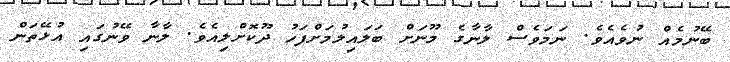
ބޭނުމެއް ނުވެއެވެ. ނަމަވެސް ލާނާގެ މޫނަށް ބަލައިލުމަށްފަހު ދޫކޮށްލިއެވެ. ލާނާ ވޭނުގައި އުޅޭތަން